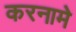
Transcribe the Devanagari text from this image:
करनामे